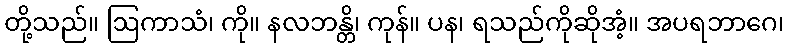
တို့သည်။ ဩကာသံ၊ ကို။ နလဘန္တိ၊ ကုန်။ ပန၊ ရသည်ကိုဆိုအံ့။ အပရဘာဂေ၊